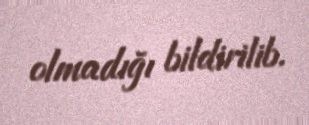
olmadığı bildirilib.